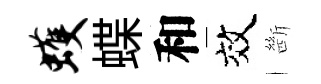
蠖蝶和效㫁